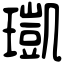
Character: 𤩑